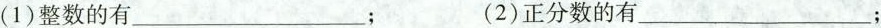
(1)整数的有___ ; (2)正分数的有___；